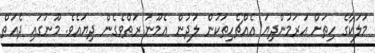
މަލަކާގެ ހިތަށް އަރަމުންދިޔަ އެއްޗެހިތަކުން ލަދުން އެމޫނު ރަތްވެގެން ދިޔައެވެ. މޫނުގައި ދެއަތް